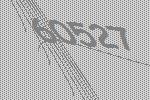
60527